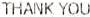
THANK YOU